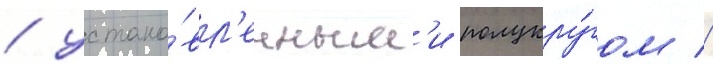
/ устано́вл'енным'и полукру́гом //